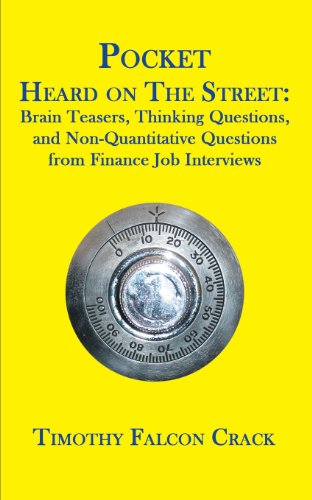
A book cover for Pocket Heard on the Street: Brain Teasers, Thinking Questions, and Non-Quantitative Questions from Finance Job Interviews; Timothy Falcon Crack; Business & Money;